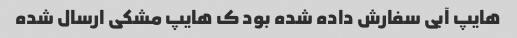
هایپ آبی سفارش داده شده بود ک هایپ مشکی ارسال شده